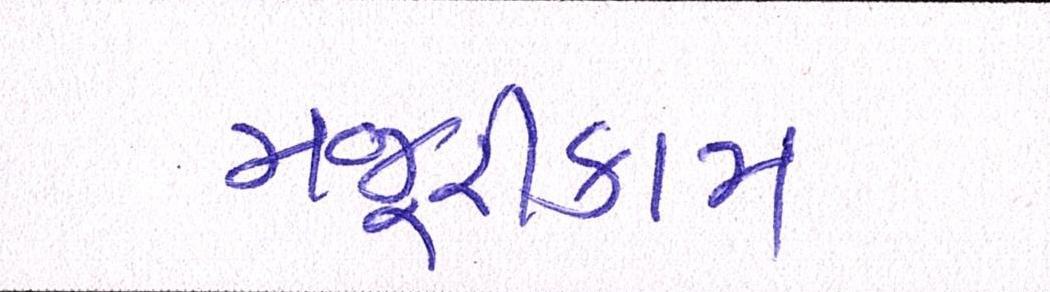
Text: મજૂરીકામ